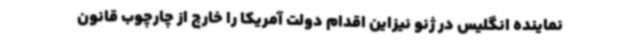
نماینده انگلیس در ژنو نیزاین اقدام دولت آمریکا را خارج از چارچوب قانون